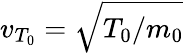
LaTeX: v_{T_{0}}=\sqrt{T_{0}/m_{0}}